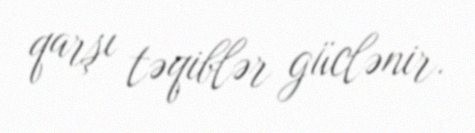
qarşı təqiblər güclənir.